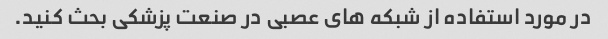
در مورد استفاده از شبکه های عصبی در صنعت پزشکی بحث کنید.